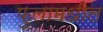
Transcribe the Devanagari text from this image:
फुलामधील